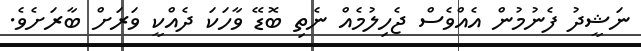
ނަޝީދު ފެނުމުން އެއްވެސް ޖެހިލުމެއް ނެތި ބޮޑޭ ވާހަކަ ދެއްކީ ވަރަށް ބާރަށެވެ.